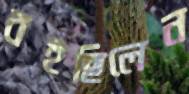
বইছিলেন